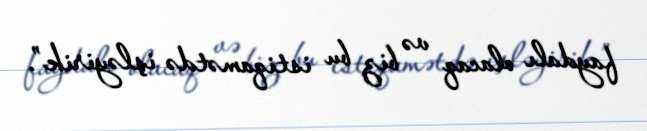
faydalı olacaq və biz bu istiqamətdə işləyirik”.